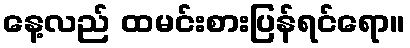
နေ့လည် ထမင်းစားပြန်ရင်ရော။